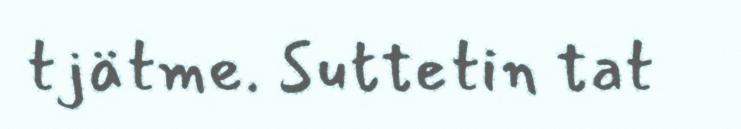
tjätme. Suttetin tat